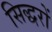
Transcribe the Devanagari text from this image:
सिद्धरों